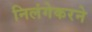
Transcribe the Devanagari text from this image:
निलंगेकरने